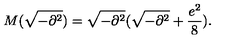
M ( \sqrt { - \partial ^ { 2 } } ) = \sqrt { - \partial ^ { 2 } } ( \sqrt { - \partial ^ { 2 } } + \frac { e ^ { 2 } } { 8 } ) .